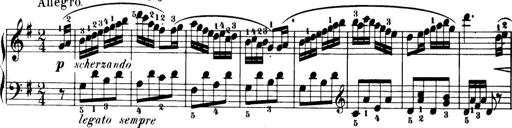
Title: 32 Sonatinas and Rondos for the Piano
Composer: Richard Kleinmichel